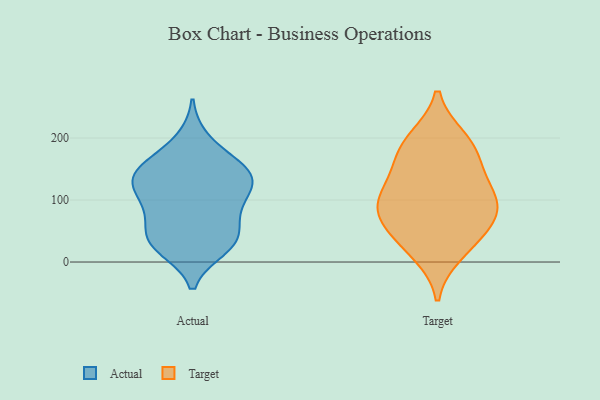
{"axis": {"x": "Page Views", "y": "Value"}, "legend": ["Actual", "Target"], "data": [{"x": "", "y": 84, "type": "Actual"}, {"x": "", "y": 163, "type": "Actual"}, {"x": "", "y": 96, "type": "Actual"}, {"x": "", "y": 120, "type": "Actual"}, {"x": "", "y": 196, "type": "Actual"}, {"x": "", "y": 140, "type": "Actual"}, {"x": "", "y": 23, "type": "Actual"}, {"x": "", "y": 131, "type": "Actual"}, {"x": "", "y": 33, "type": "Actual"}, {"x": "", "y": 142, "type": "Actual"}, {"x": "", "y": 149, "type": "Actual"}, {"x": "", "y": 133, "type": "Actual"}, {"x": "", "y": 85, "type": "Actual"}, {"x": "", "y": 42, "type": "Actual"}, {"x": "", "y": 29, "type": "Actual"}, {"x": "", "y": 41, "type": "Actual"}, {"x": "", "y": 104, "type": "Target"}, {"x": "", "y": 199, "type": "Target"}, {"x": "", "y": 67, "type": "Target"}, {"x": "", "y": 159, "type": "Target"}, {"x": "", "y": 103, "type": "Target"}, {"x": "", "y": 55, "type": "Target"}, {"x": "", "y": 195, "type": "Target"}, {"x": "", "y": 30, "type": "Target"}, {"x": "", "y": 126, "type": "Target"}, {"x": "", "y": 80, "type": "Target"}, {"x": "", "y": 14, "type": "Target"}, {"x": "", "y": 91, "type": "Target"}, {"x": "", "y": 169, "type": "Target"}]}